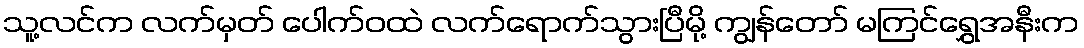
သူ့လင်က လက်မှတ် ပေါက်ဝထဲ လက်ရောက်သွားပြီမို့ ကျွန်တော် မကြင်ရွှေအနီးက